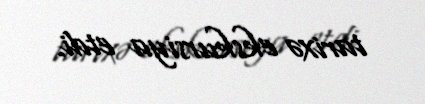
tarixə ekskursiya etdi.